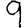
Digit: 9